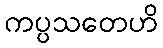
ကပ္ပသတေဟိ